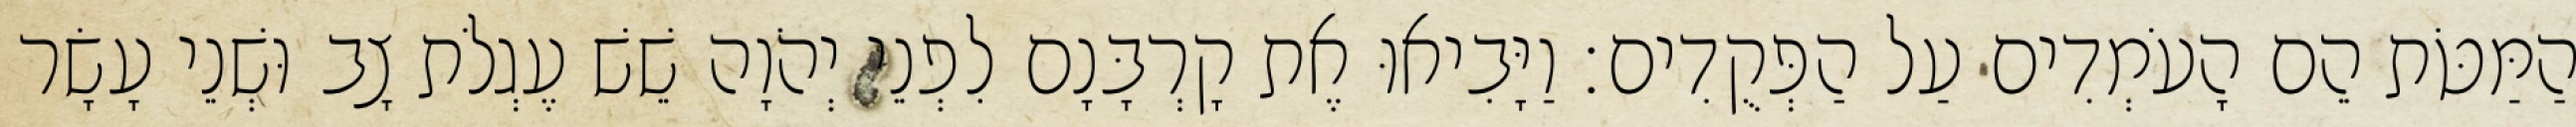
הַמַּטֹּת הֵם הָעֹמְדִים עַל הַפְּקֻדִים׃ וַיָּבִיאוּ אֶת קָרְבָּנָם לִפְנֵי יְהֹוָה שֵׁשׁ עֶגְלֹת צָב וּשְׁנֵי עָשָׂר